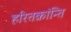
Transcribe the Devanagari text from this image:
हरितक्रांन्ति